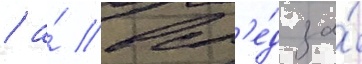
/ а́ всл'е́д за́